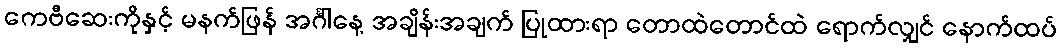
ကေဗီဆေးကိုနှင့် မနက်ဖြန် အင်္ဂါနေ့ အချိန်းအချက် ပြုထားရာ တောထဲတောင်ထဲ ရောက်လျှင် နောက်ထပ်